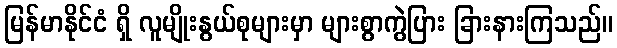
မြန်မာနိုင်ငံ ရှိ လူမျိုးနွယ်စုများမှာ များစွာကွဲပြား ခြားနားကြသည်။